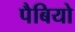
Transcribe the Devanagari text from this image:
पैबियो